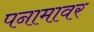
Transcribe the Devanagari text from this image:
पनामावर